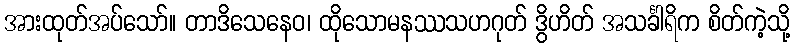
အားထုတ်အပ်သော်။ တာဒိသေနေဝ၊ ထိုသောမနဿသဟဂုတ် ဒွိဟိတ် အသင်္ခါရိက စိတ်ကဲ့သို့